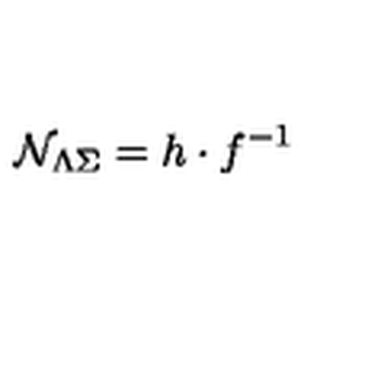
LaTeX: { \cal N } _ { \Lambda \Sigma } = h \cdot f ^ { - 1 }